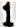
1